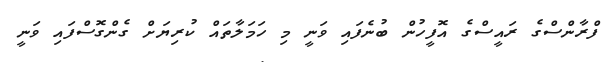
ފްރާންސްގެ ރައީސްގެ އޮފީހުން ބުނެފައި ވަނީ މި ހަމަލާތައް ކުރިޔަށް ގެންގޮސްފައި ވަނީ